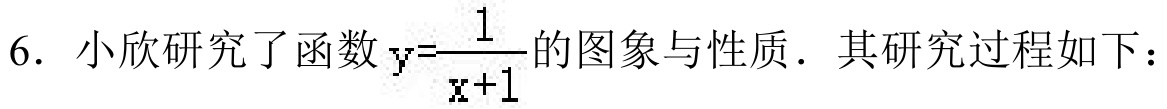
6. 小欣研究了函数\(y = \frac{1}{x + 1}\)的图象与性质. 其研究过程如下：